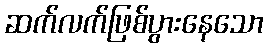
ဆက်လက်ဖြစ်ပွားနေသော